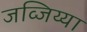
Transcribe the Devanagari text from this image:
जव्जिय्या